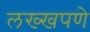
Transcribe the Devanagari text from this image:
लख्खपणे